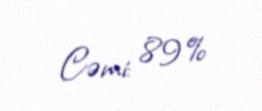
Cəmi: 89%